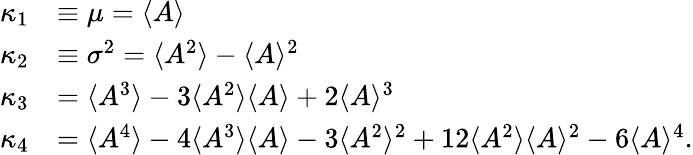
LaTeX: \begin{array}{rl}{\kappa_{1}}&{\equiv\mu=\langle{A}\rangle}\\ {\kappa_{2}}&{\equiv\sigma^{2}=\langle{A^{2}}\rangle-\langle{A}\rangle^{2}}\\ {\kappa_{3}}&{=\langle{A^{3}}\rangle-3\langle{A^{2}}\rangle\langle{A}\rangle+2\langle{A}\rangle^{3}}\\ {\kappa_{4}}&{=\langle{A^{4}}\rangle-4\langle{A^{3}}\rangle\langle{A}\rangle-3\langle{A^{2}}\rangle^{2}+12\langle{A^{2}}\rangle\langle{A}\rangle^{2}-6\langle{A}\rangle^{4}.}\end{array}